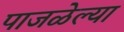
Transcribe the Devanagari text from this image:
पाजळेल्या